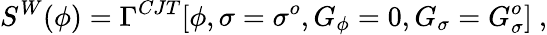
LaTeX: S^{W}(\phi)=\Gamma^{CJT}[\phi,\sigma=\sigma^{o},G_{\phi}=0,G_{\sigma}=G_{\sigma}^{o}]~,